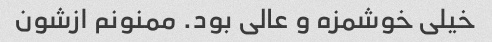
خیلی خوشمزه و عالی بود. ممنونم ازشون